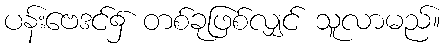
ပန်းဗေဒင်၌ တစ်ခုဖြစ်လျှင် သူလာမည်။